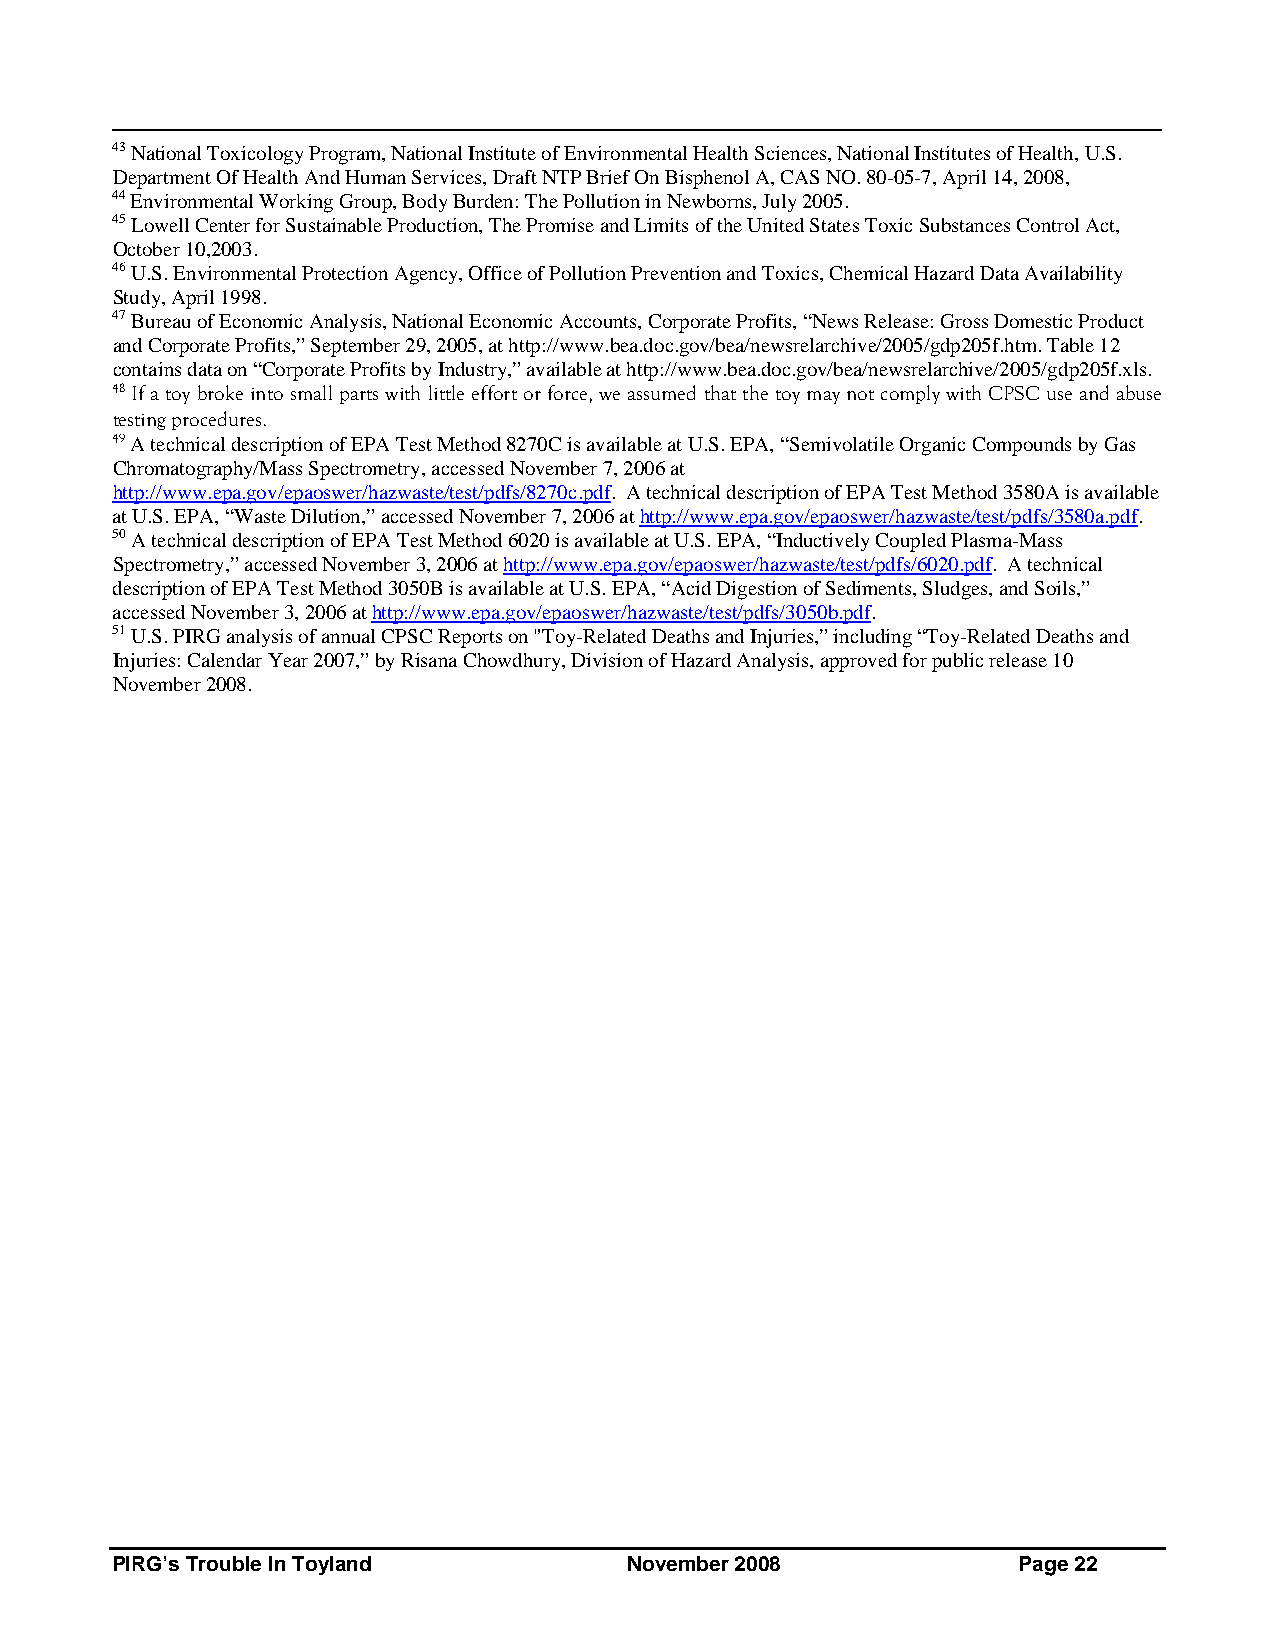
43 National Toxicology Program, National Institute of Environmental Health Sciences, National Institutes of Health, U.S.
 Department Of Health And Human Services, Draft NTP Brief On Bisphenol A, CAS NO. 80-05-7, April 14, 2008,
 44 Environmental Working Group, Body Burden: The Pollution in Newborns, July 2005.
 45 Lowell Center for Sustainable Production, The Promise and Limits of the United States Toxic Substances Control Act,
 October 10,2003.
 46 U.S. Environmental Protection Agency, Office of Pollution Prevention and Toxics, Chemical Hazard Data Availability
 Study, April 1998.
 47 Bureau of Economic Analysis, National Economic Accounts, Corporate Profits, “News Release: Gross Domestic Product
 and Corporate Profits,” September 29, 2005, at http://www.bea.doc.gov/bea/newsrelarchive/2005/gdp205f.htm. Table 12
 contains data on “Corporate Profits by Industry,” available at http://www.bea.doc.gov/bea/newsrelarchive/2005/gdp205f.xls.
 48 If a toy broke into small parts with little effort or force, we assumed that the toy may not comply with CPSC use and abuse
 testing procedures.
 49 A technical description of EPA Test Method 8270C is available at U.S. EPA, “Semivolatile Organic Compounds by Gas
 Chromatography/Mass Spectrometry, accessed November 7, 2006 at
 http://www.epa.gov/epaoswer/hazwaste/test/pdfs/8270c.pdf. A technical description of EPA Test Method 3580A is available
 at U.S. EPA, “Waste Dilution,” accessed November 7, 2006 at http://www.epa.gov/epaoswer/hazwaste/test/pdfs/3580a.pdf.
 50 A technical description of EPA Test Method 6020 is available at U.S. EPA, “Inductively Coupled Plasma-Mass
 Spectrometry,” accessed November 3, 2006 at http://www.epa.gov/epaoswer/hazwaste/test/pdfs/6020.pdf. A technical
 description of EPA Test Method 3050B is available at U.S. EPA, “Acid Digestion of Sediments, Sludges, and Soils,”
 accessed November 3, 2006 at http://www.epa.gov/epaoswer/hazwaste/test/pdfs/3050b.pdf.
 51 U.S. PIRG analysis of annual CPSC Reports on "Toy-Related Deaths and Injuries,” including “Toy-Related Deaths and
 Injuries: Calendar Year 2007,” by Risana Chowdhury, Division of Hazard Analysis, approved for public release 10
 November 2008.
 PIRG’s Trouble In Toyland          November 2008            Page 22